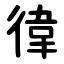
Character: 徫